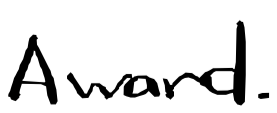
Text: Award.
Cross-out: clean
Writing tool: digital_black